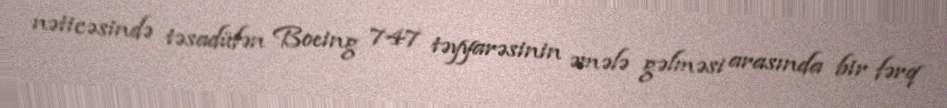
nəticəsində təsadüfən Boeing 747 təyyarəsinin əmələ gəlməsi arasında bir fərq